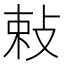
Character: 𭣴